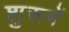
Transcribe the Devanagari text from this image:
शुरूमें